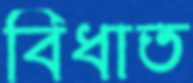
বিধাত